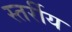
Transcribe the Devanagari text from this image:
स्तर्रीय